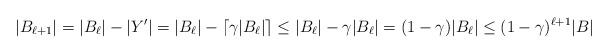
LaTeX: \begin{align*}|B_{\ell+1}|&=|B_\ell|-|Y'| = |B_\ell|-\lceil \gamma |B_\ell| \rceil \leq |B_\ell|-\gamma |B_\ell|=(1-\gamma)|B_\ell| \leq (1- \gamma)^{\ell+1} |B|\end{align*}